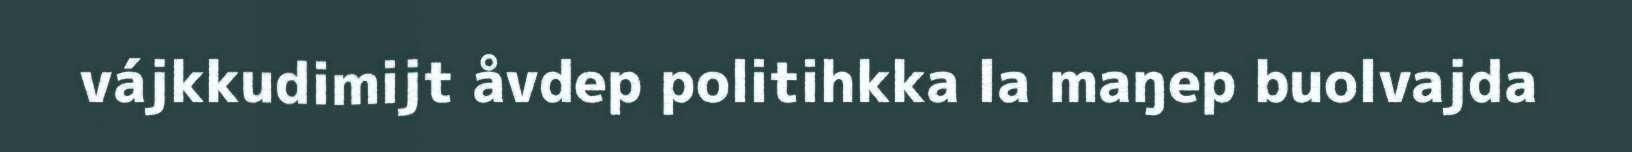
vájkkudimijt åvdep politihkka la maŋep buolvajda